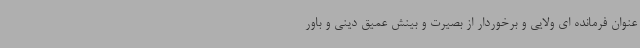
عنوان فرمانده ای ولایی و برخوردار از بصیرت و بینش عمیق دینی و باور